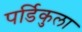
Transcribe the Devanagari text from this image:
पर्डिकुला